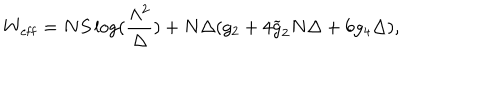
LaTeX: W _ { \mathrm { e f f } } = N S \log ( \frac { \Lambda ^ { 2 } } { \Delta } ) + N \Delta ( g _ { 2 } + 4 \widetilde { g } _ { 2 } N \Delta + 6 g _ { 4 } \Delta ) ,